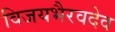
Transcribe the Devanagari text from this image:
विजयभैरवदेव